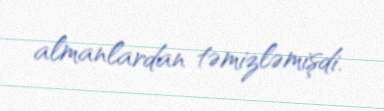
almanlardan təmizləmişdi.